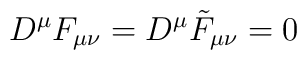
D^{\mu}F_{\mu \nu} = D^{\mu} \tilde{F}_{\mu \nu} = 0